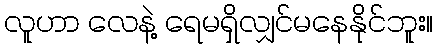
လူဟာ လေနဲ့ ရေမရှိလျှင်မနေနိုင်ဘူး။